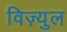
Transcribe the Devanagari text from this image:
विज़्युल